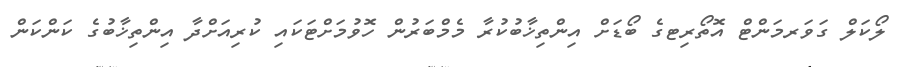
ލޯކަލް ގަވަރމަންޓް އޮތޯރިޓގެ ބޯޑަށް އިންތިޚާބުކުރާ މެމްބަރުން ހޮވުމަށްޓަކައި ކުރިއަށްދާ އިންތިޚާބުގެ ކަންކަން